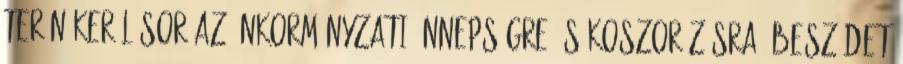
terén kerül sor az önkormányzati ünnepségre és koszorúzásra. Beszédet